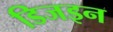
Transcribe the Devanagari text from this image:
डिजइन